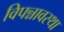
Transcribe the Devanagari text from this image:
विपन्नावस्था